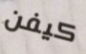
كيفن